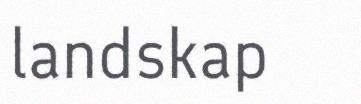
landskap